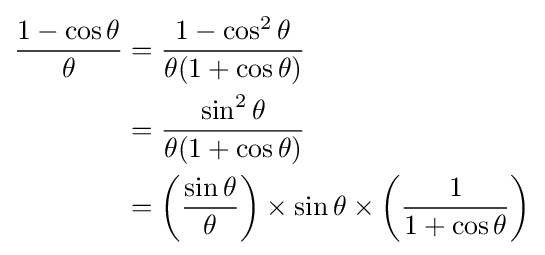
{\begin{aligned}{\frac {1-\cos \theta }{\theta }}&={\frac {1-\cos ^{2}\theta }{\theta (1+\cos \theta )}}\\&={\frac {\sin ^{2}\theta }{\theta (1+\cos \theta )}}\\&=\left({\frac {\sin \theta }{\theta }}\right)\times \sin \theta \times \left({\frac {1}{1+\cos \theta }}\right)\\\end{aligned}}